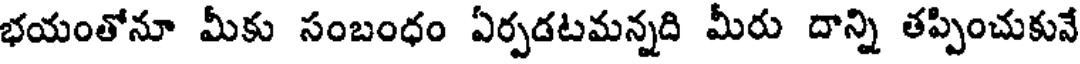
భయంతోనూ మీకు సంబంధం ఏర్పడటమన్నది మీరు దాన్ని తప్పించుకునే